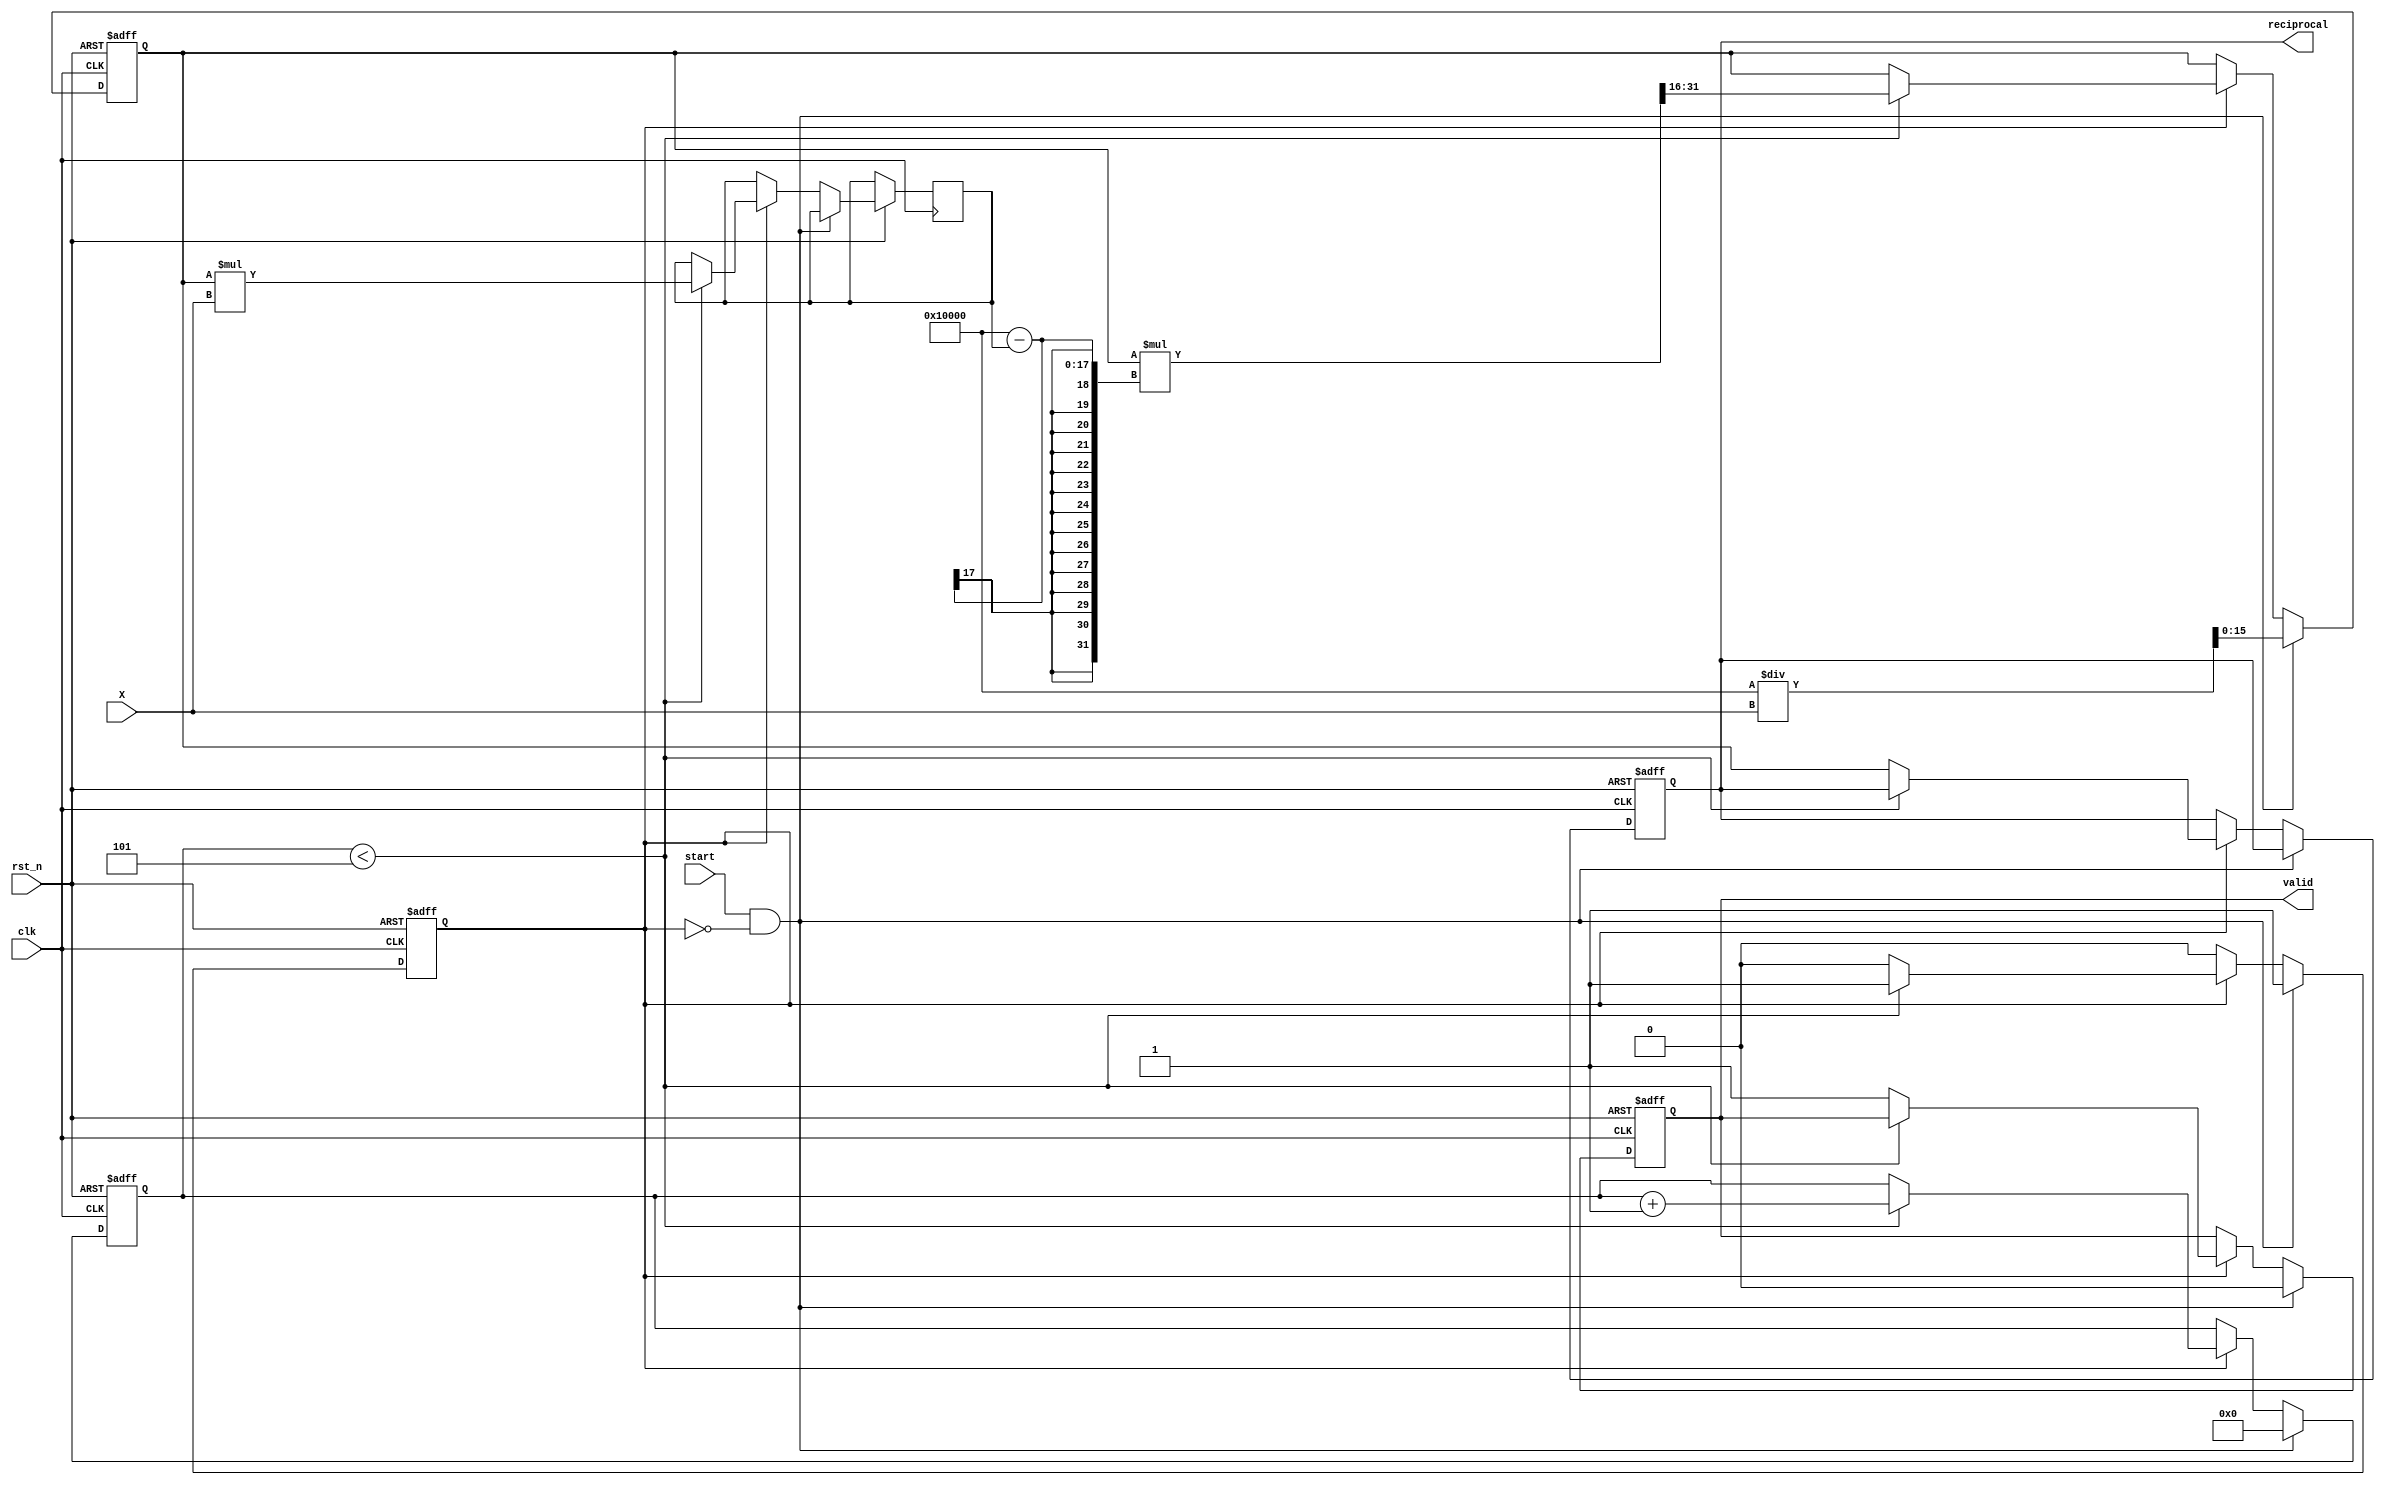
module BitwiseReciprocal #(
    parameter WIDTH = 16,
    parameter ITERATIONS = 5
)(
    input wire clk,
    input wire rst_n,
    input wire start,
    input wire [WIDTH-1:0] X,
    output reg [WIDTH-1:0] reciprocal,
    output reg valid
);

// Intermediate registers
reg [WIDTH-1:0] estimate;
reg [WIDTH-1:0] product;
reg [3:0] iteration_count;

// Control state
reg calculating;

always @(posedge clk or negedge rst_n) begin
    if (!rst_n) begin
        reciprocal <= 0;
        valid <= 0;
        estimate <= 0;
        iteration_count <= 0;
        calculating <= 0;
    end else begin
        if (start && !calculating) begin
            // Initialize variables for computation
            calculating <= 1;
            iteration_count <= 0;
            // Start with a rough estimate; here, we use X shifted right
            estimate <= (1 << WIDTH) / X; // Initial estimate: 2^WIDTH / X
            valid <= 0;
        end else if (calculating) begin
            // Perform the iterative refinement
            if (iteration_count < ITERATIONS) begin
                product <= estimate * X; // product = estimate * X
                // Adjust estimate based on product
                // Newton-Raphson: estimate = estimate * (2 - product)
                estimate <= estimate * ((1 << WIDTH) - product) >> WIDTH;
                iteration_count <= iteration_count + 1;
            end else begin
                // Finalize the result
                reciprocal <= estimate;
                valid <= 1;
                calculating <= 0; // End of calculation
            end
        end
    end
end

endmodule